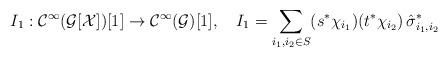
LaTeX: \begin{align*} I_1 : {\mathcal C}^\infty( {{\mathcal G}}[{\mathcal X}])[1]\to {\mathcal C}^\infty({{\mathcal G}} )[1], \ \ \ I_1= \sum_{i_1, i_2 \in S} (s^* \chi_{i_1})(t^* \chi_{i_2})\, \hat{\sigma}_{i_1, i_2}^*\end{align*}